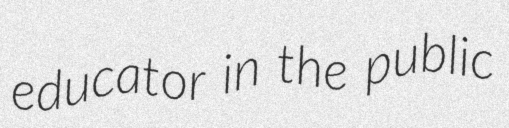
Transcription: educator in the public